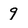
Character: 9